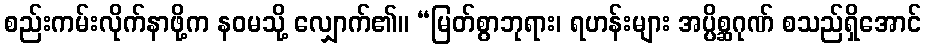
စည်းကမ်းလိုက်နာဖို့က နဝမသို့ လျှောက်၏။ “မြတ်စွာဘုရား၊ ရဟန်းများ အပ္ပိစ္ဆဂုဏ် စသည်ရှိအောင်